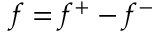
f = f ^ { + } - f ^ { - }